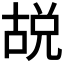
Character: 𪡜